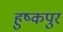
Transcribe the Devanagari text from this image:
हुष्कपुर